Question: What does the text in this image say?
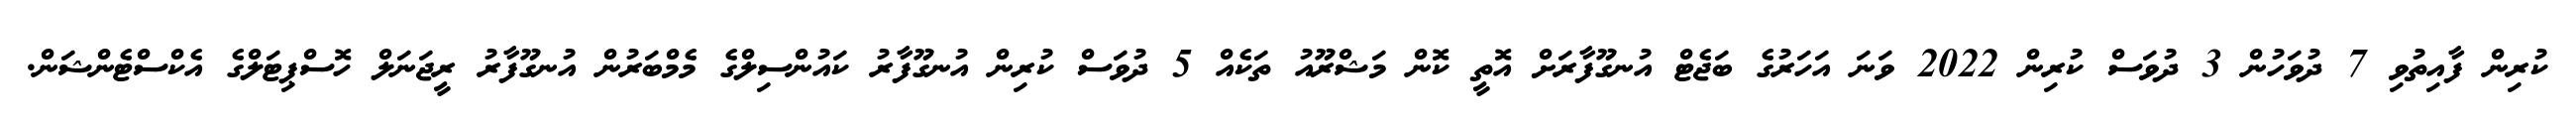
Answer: ކުރިން ފާއިތުވި 7 ދުވަހުން 3 ދުވަސް ކުރިން 2022 ވަނަ އަހަރުގެ ބަޖެޓް އުނގޫފާރަށް އޮތީ ކޮން މަޝްރޫއު ތަކެއް 5 ދުވަސް ކުރިން އުނގޫފާރު ކައުންސިލްގެ މެމްބަރުން އުނގޫފާރު ރީޖަނަލް ހޮސްޕިޓަލްގެ އެކްސްޓެންޝަން.